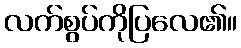
လက်စွပ်ကိုပြလေ၏။